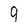
Character: 9